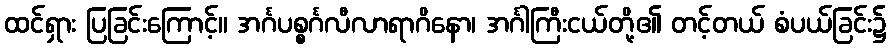
ထင်ရှား ပြခြင်းကြောင့်။ အင်္ဂပစ္စင်္ဂလီလာရာဂိနော၊ အင်္ဂါကြီးငယ်တို့၏ တင့်တယ် စံပယ်ခြင်း၌